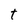
Character: t